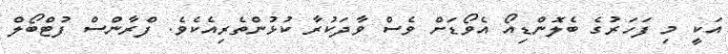
އަކީ މި ފަހަރުގެ ބެލޮންޑިއޯ އެވޯޑަށް ވެސް ވާދަކުރާ ކުޅުންތެރިއެކެވެ. ފްރާންސް ފުޓްބޯލް